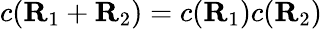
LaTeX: c(\mathbf{R}_{1}+\mathbf{R}_{2})=c(\mathbf{R}_{1})c(\mathbf{R}_{2})